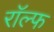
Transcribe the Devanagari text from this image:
राॅल्फ